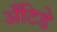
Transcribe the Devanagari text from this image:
अँटिडे